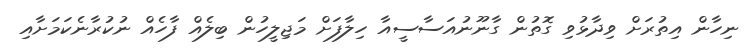
ނިހާން އިތުރަށް ވިދާޅުވި ގޮތުން ގާނޫނުއަސާސީއާ ހިލާފަށް މަޖިލީހުން ބިލެއް ފާހެއް ނުކުރާނެކަމަށާއި